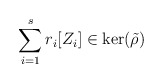
\begin{align*}\sum_{i=1}^s r_i [Z_i] \in \ker (\tilde \rho)\end{align*}